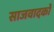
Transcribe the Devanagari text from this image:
साजवादकों